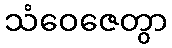
သံဝေဇေတွာ